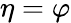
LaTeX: \eta=\varphi